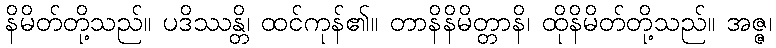
နိမိတ်တို့သည်။ ပဒိဿန္တိ၊ ထင်ကုန်၏။ တာနိနိမိတ္တာနိ၊ ထိုနိမိတ်တို့သည်။ အဇ္ဇ၊